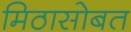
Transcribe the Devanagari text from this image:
मिठासोबत